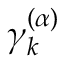
\gamma _ { k } ^ { ( \alpha ) }